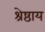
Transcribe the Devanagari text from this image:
श्रेष्ठाय